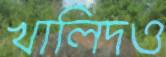
খালিদও